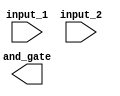
module test 
(input_1,
input_2,
and_gate
);
input input_1;
input input_2;
output and_gate;
reg setup;

// 1) combinational logic with 'always'
always @ (input_1 or input_2)
  begin
    setup = input_1 & input_2;
  end

// 2) sequential logic with 'always'
always @ (posedge input_1)
  begin
    setup <= input_2;
  end

// 3) Clock cycle concept
reg test1 = 1'b1; // 1
reg test2 = 1'b0; // 0
reg test3 = 1'b0; // 0
reg test4 = 1'b0; // 0
 
always @ (posedge input_2)
  begin
    // It takes 3 clock cycles for value of t1 to propagate to t4
    // note that all the 3 statements are executed in parallel in each clock cycle.
    test2 <= test1;
    test3 <= test2;
    test4 <= test3;
  end

endmodule